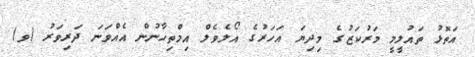
އަތޮޅު ތައުލީމީ މަރުކަޒުގެ މިދިޔަ އަހަރުގެ އޯލެވެލް އިމްތިހާނުން އެއްވަނަ ދަރިވަރު (ވ)